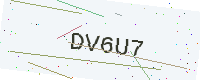
Text: DV6U7